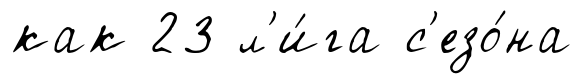
как 23 л'и́га с'езо́на